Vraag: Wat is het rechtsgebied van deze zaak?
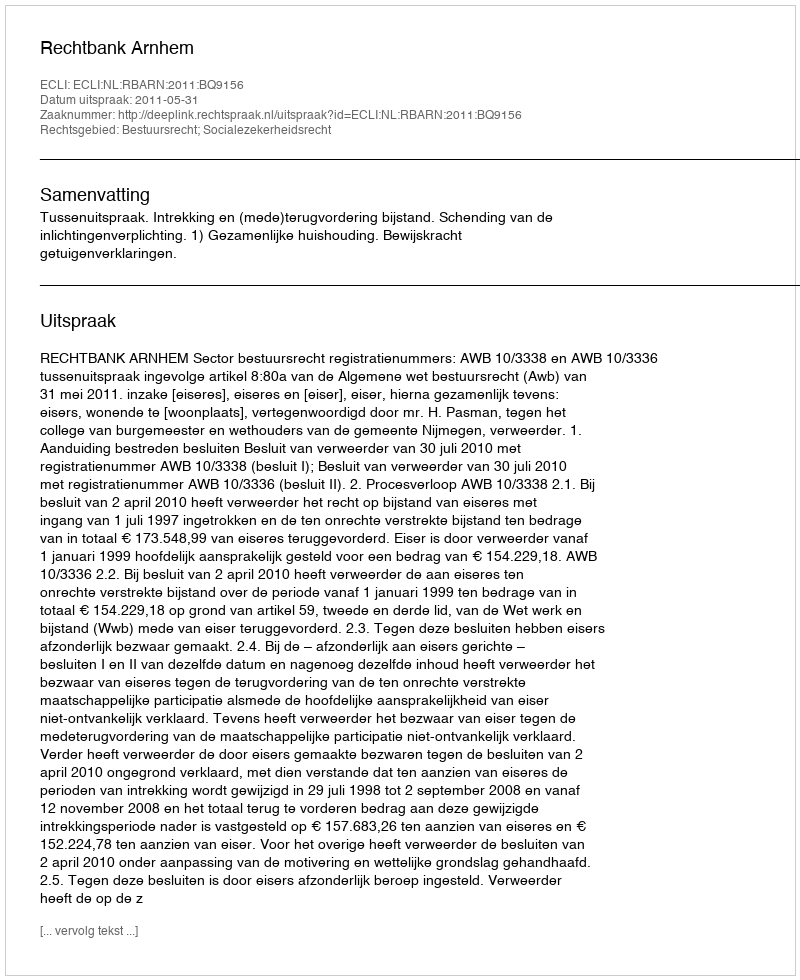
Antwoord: Bestuursrecht; Socialezekerheidsrecht